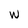
Character: W